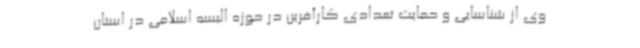
وی از شناسایی و حمایت تعدادی کارآفرین در حوزه البسه اسلامی در استان